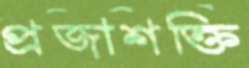
প্রজাশক্তি